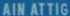
AINATTIG